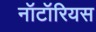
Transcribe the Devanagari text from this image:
नॉटॉरियस